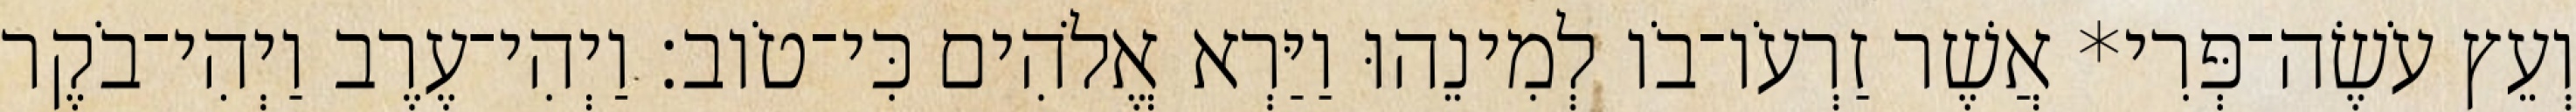
וְעֵץ עֹשֶׂה־פְּרִי* אֲשֶׁר זַרְעֹו־בֹו לְמִינֵהוּ וַיַּרְא אֱלֹהִים כִּי־טֹוב׃ וַיְהִי־עֶרֶב וַיְהִי־בֹקֶר